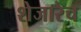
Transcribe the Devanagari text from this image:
शेजारेच